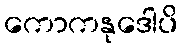
ကောကနုဒေါပိ